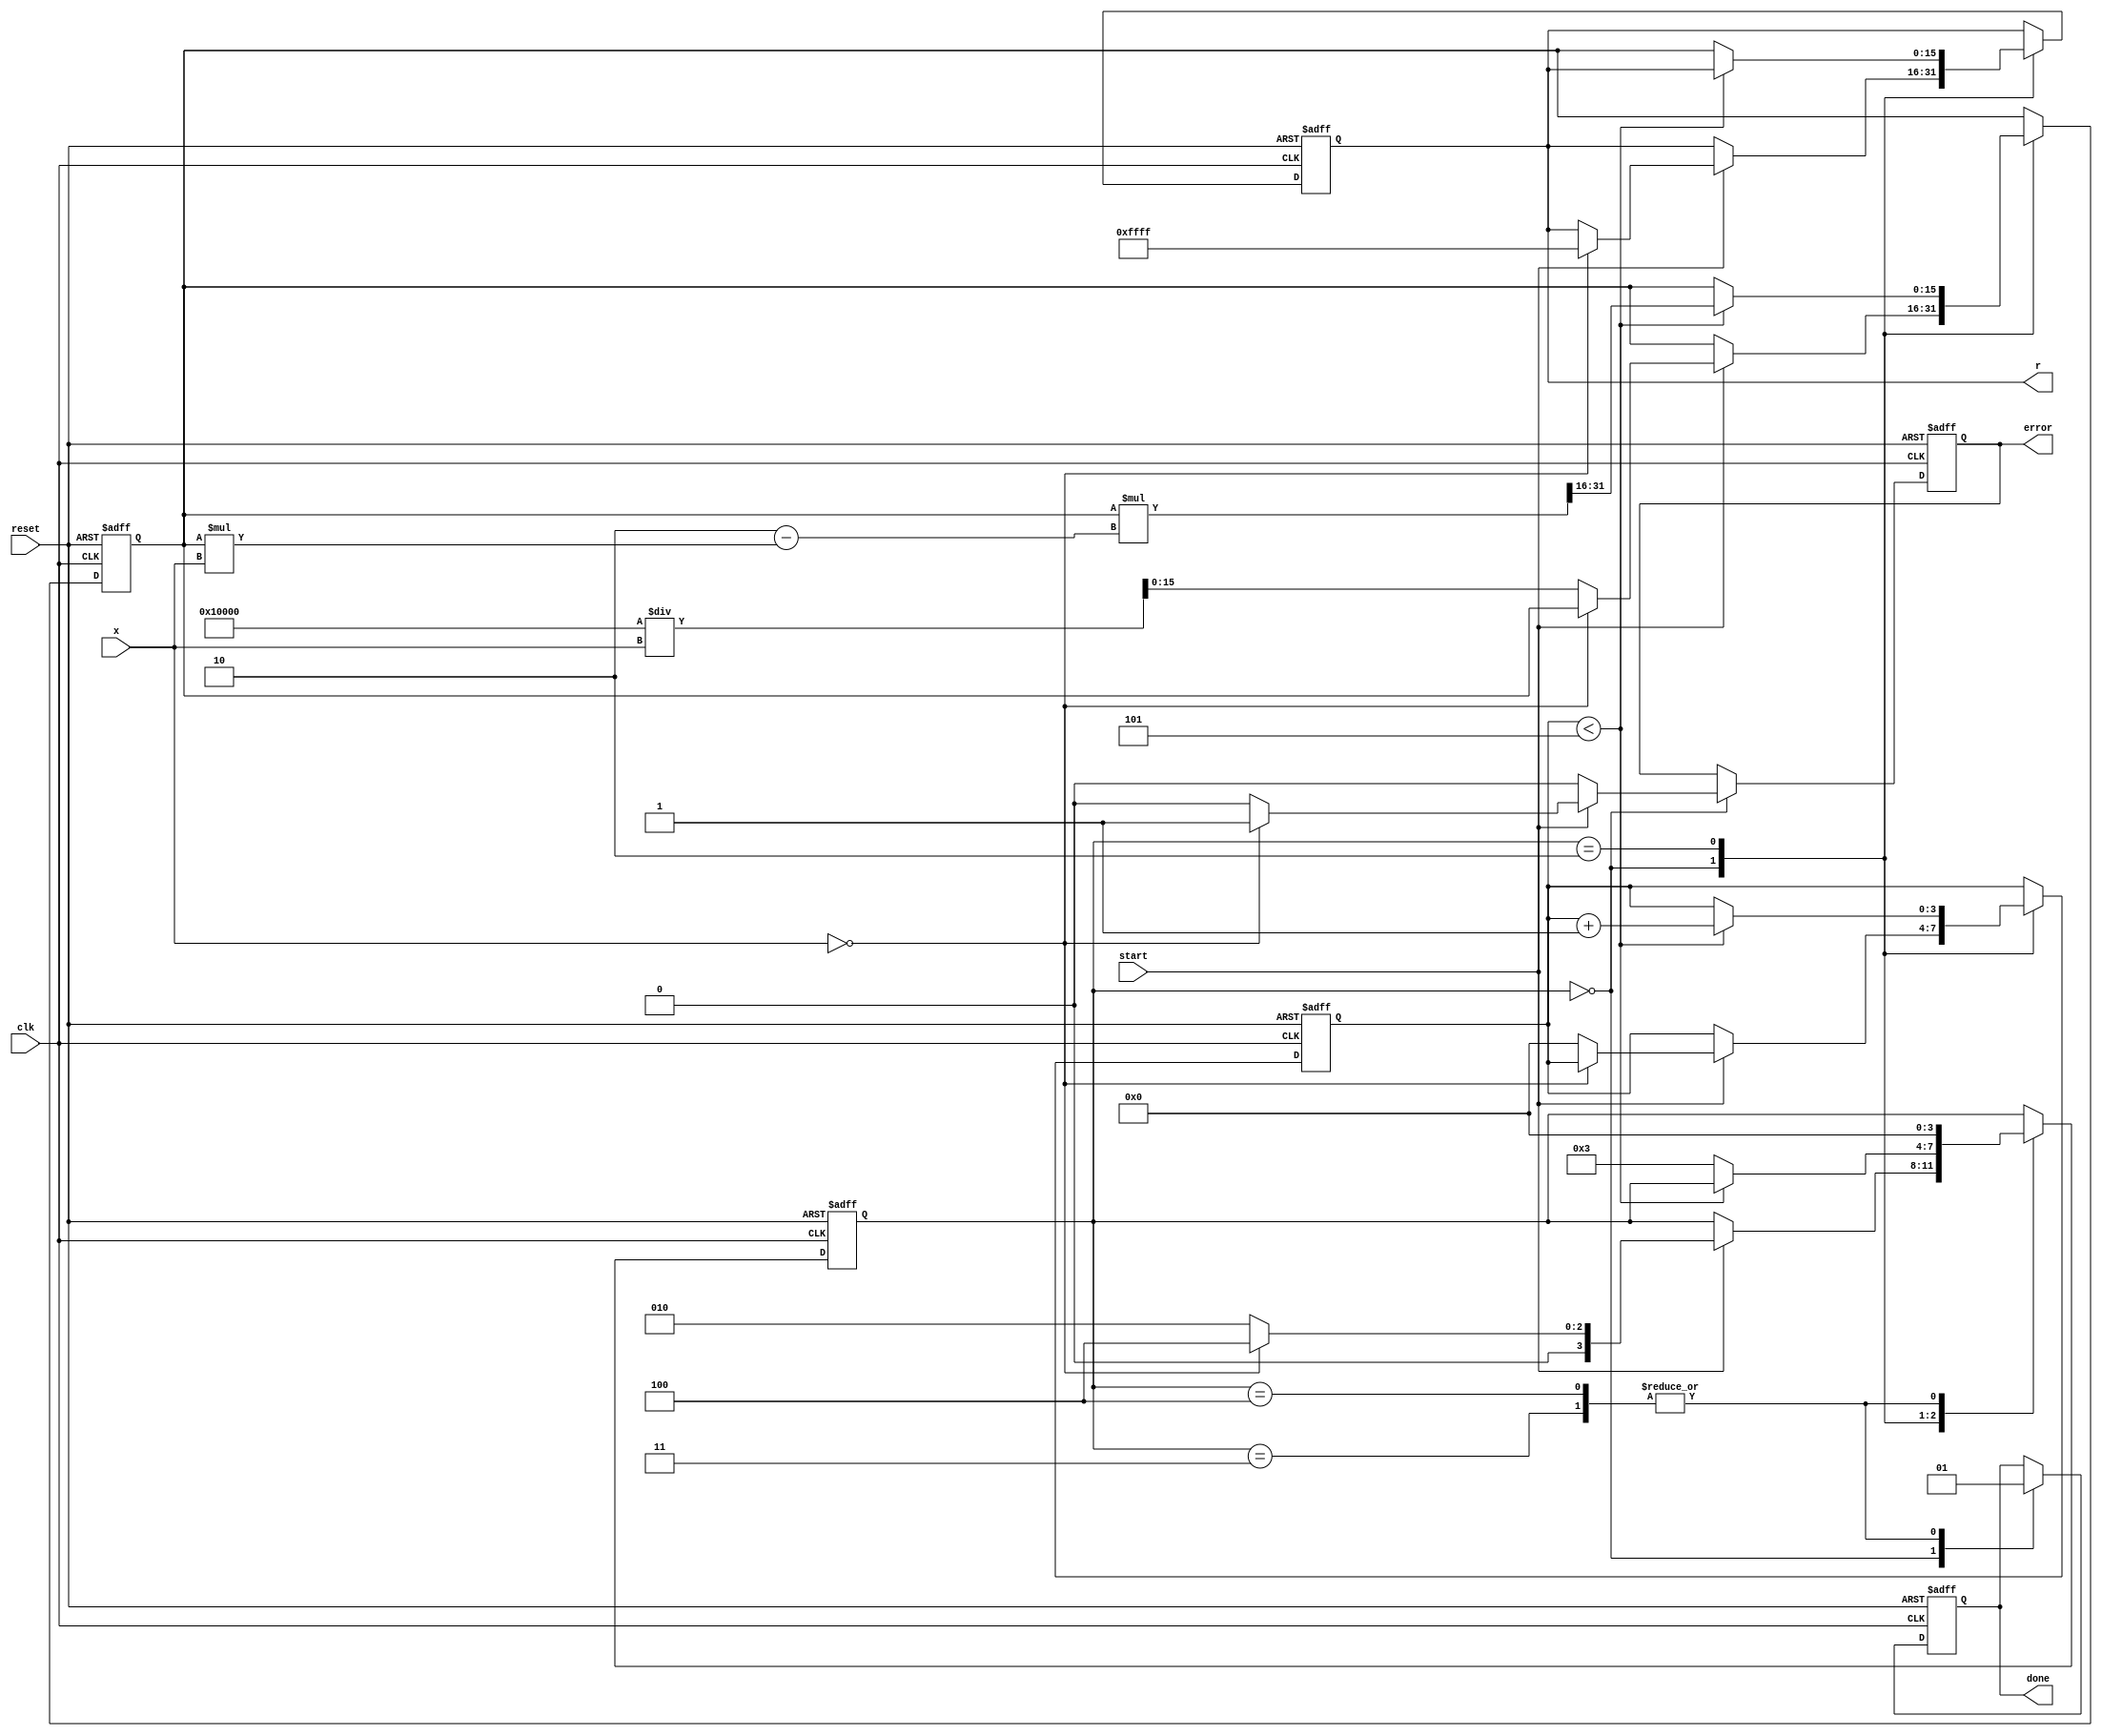
module Reciprocal_Unit (
    input wire clk,                // Clock input
    input wire reset,              // Asynchronous reset
    input wire [WIDTH-1:0] x,      // Input value (fixed-point)
    input wire start,              // Start signal for computation
    output reg [WIDTH-1:0] r,      // Output reciprocal value
    output reg done,               // Done signal
    output reg error               // Error signal (e.g., for zero input)
);
    
    parameter WIDTH = 16;           // Input and output width
    parameter MAX_VALUE = 16'hFFFF; // Maximum representable value (fixed-point)
    
    reg [WIDTH-1:0] approx;         // Intermediate approximation
    reg [3:0] state;                // FSM state
    reg [3:0] iteration;            // Iteration count
    
    localparam IDLE    = 4'b0000;   // Idle state
    localparam START   = 4'b0001;   // Start computation
    localparam CALC    = 4'b0010;   // Calculate reciprocal
    localparam DONE    = 4'b0011;   // Done state
    localparam ERROR   = 4'b0100;   // Error state
    
    always @(posedge clk or posedge reset) begin
        if (reset) begin
            r <= 0;
            done <= 0;
            error <= 0;
            approx <= 0;
            state <= IDLE;
            iteration <= 0;
        end else begin
            case (state)
                IDLE: begin
                    done <= 0;
                    error <= 0;
                    if (start) begin
                        if (x == 0) begin
                            // Handle zero input case
                            r <= MAX_VALUE; // Example: output max representable value
                            error <= 1; // Indicate error for zero input
                            state <= ERROR;
                        end else begin
                            // Start Newton-Raphson approximation
                            approx <= (1 << WIDTH) / x; // Initial guess: 1/x
                            iteration <= 0;
                            state <= CALC;
                        end
                    end
                end

                CALC: begin
                    if (iteration < 5) begin // Fixed number of iterations
                        approx <= approx * (2 - approx * x) >> WIDTH; // Newton-Raphson update
                        iteration <= iteration + 1;
                    end else begin
                        r <= approx; // Final approximation as result
                        state <= DONE;
                    end
                end
                
                DONE: begin
                    done <= 1; // Indicate that the calculation is done
                    state <= IDLE; // Return to idle state for next computation
                end
                
                ERROR: begin
                    done <= 1; // Indicate that an error has occurred
                    state <= IDLE; // Return to idle state for next computation
                end
            endcase
        end
    end
endmodule